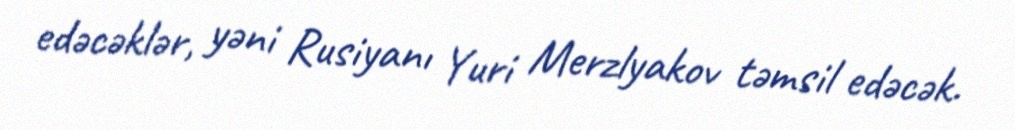
edəcəklər, yəni Rusiyanı Yuri Merzlyakov təmsil edəcək.